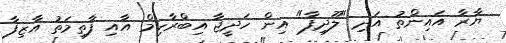
ޔާރާ އައިންތު އަދި "ލޫދިފާ" އިން ހަދީޖާ އިބްރާހިމް އާއި ފާތިމަތު އާޒިފާ